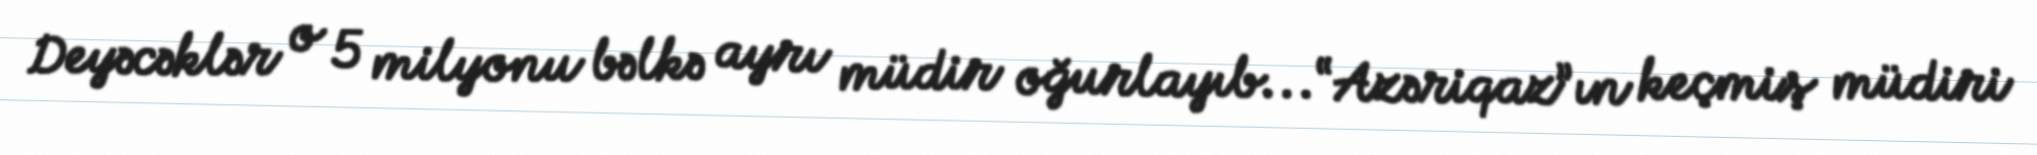
Deyəcəklər o 5 milyonu bəlkə ayrı müdir oğurlayıb...“Azəriqaz”ın keçmiş müdiri